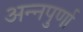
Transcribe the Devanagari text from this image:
अन्‍नपुर्णा